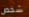
شخص